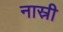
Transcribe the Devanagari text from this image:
नास्री